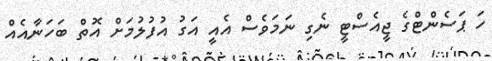
ހަ ޕަސެންޓްގެ ޖީއެސްޓީ ނެގި ނަމަވެސް އެއީ އަގު އުފުލުމަށް އޮތް ބަހަނާއެއް